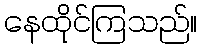
နေထိုင်ကြသည်။